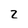
Character: 2